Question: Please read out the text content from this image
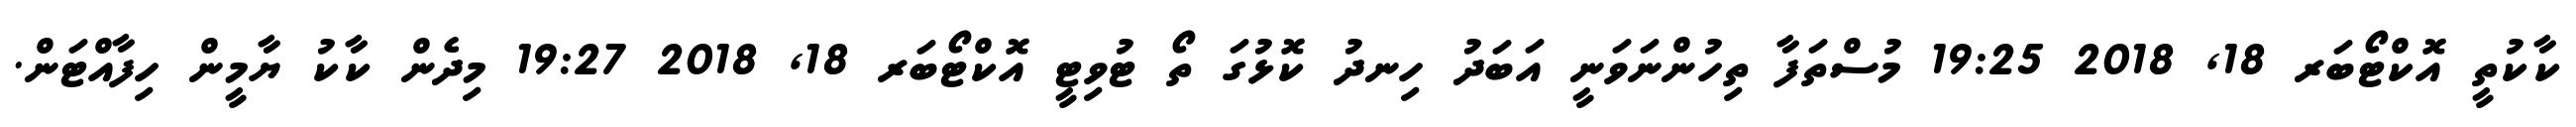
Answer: ކާކުތީ އޮކްޓޯބަރ 18, 2018 19:25 މުސްތަފާ ތިހުންނަވަނީ އަބަދު ހިނދު ކޮޅުގަ ތޯ ޓުވިޓީ އޮކްޓޯބަރ 18, 2018 19:27 މިދެން ކާކު ޔާމީން ހިފާއްޓަން.